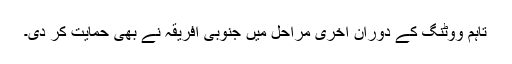
تاہم ووٹنگ کے دوران آخری مراحل میں جنوبی افریقہ نے بھی حمایت کر دی۔